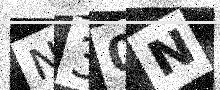
Text: N30N